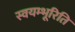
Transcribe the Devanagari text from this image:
स्वयम्भूरिति